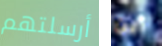
أرسلتهم أين